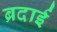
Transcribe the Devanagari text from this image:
ब्रदाई